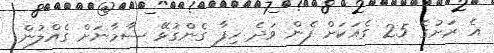
އެ ރަށުގެ 25 ގެއަކަށް ފެން ވަދެ ހިފާ ގެންގުޅޭ ސާމާނަށް ގެއްލުން